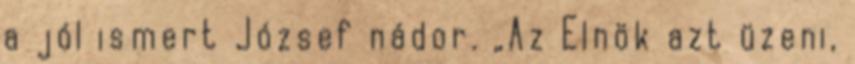
a jól ismert József nádor. „Az Elnök azt üzeni,